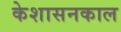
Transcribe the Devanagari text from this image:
केशासनकाल